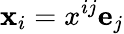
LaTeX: \mathbf{x}_{i}=x^{ij}\mathbf{e}_{j}